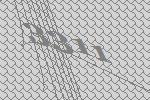
3311